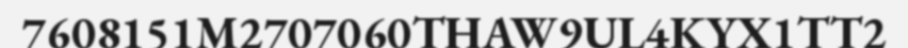
7608151M2707060THAW9UL4KYX1TT2